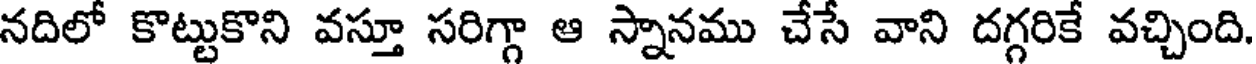
నదిలో కొట్టుకొని వస్తూ సరిగ్గా ఆ స్నానము చేసే వాని దగ్గరికే వచ్చింది